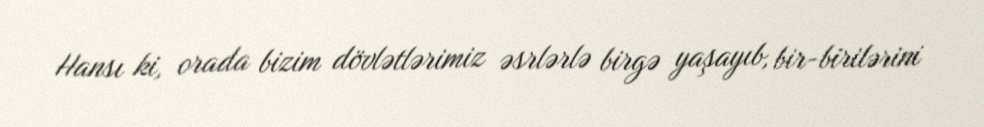
Hansı ki, orada bizim dövlətlərimiz əsrlərlə birgə yaşayıb, bir-birilərini